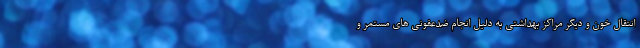
انتقال خون و دیگر مراکز بهداشتی به دلیل انجام ضدعفونی های مستمر و